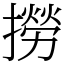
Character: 撈